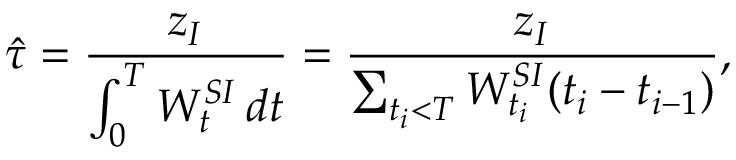
\hat { \tau } = \frac { z _ { I } } { \int _ { 0 } ^ { T } W _ { t } ^ { S I } \, d t } = \frac { z _ { I } } { \sum _ { t _ { i } < T } W _ { t _ { i } } ^ { S I } ( t _ { i } - t _ { i - 1 } ) } ,